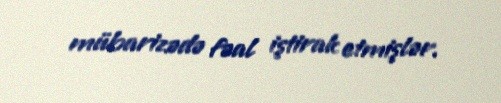
mübarizədə fəal iştirak etmişlər.